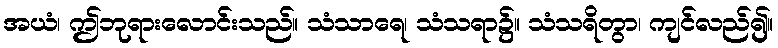
အယံ၊ ဤဘုရားလောင်းသည်။ သံသာရေ၊ သံသရာ၌။ သံသရိတွာ၊ ကျင်လည်၍။